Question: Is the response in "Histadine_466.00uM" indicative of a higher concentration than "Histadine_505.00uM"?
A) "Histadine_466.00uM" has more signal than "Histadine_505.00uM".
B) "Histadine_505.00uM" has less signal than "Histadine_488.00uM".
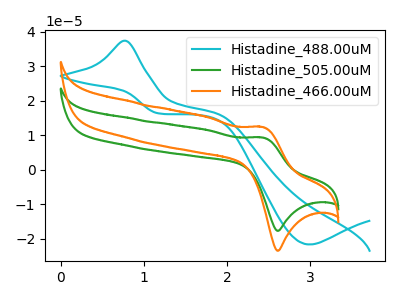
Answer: <think>The cyan curve "Histadine_488.00uM" has an anodic peak at (0.80V, 37.35uA) and a cathodic peak at (3.00V, -21.60uA). The green curve "Histadine_505.00uM" has an anodic peak at (2.45V, 9.35uA) and a cathodic peak at (2.60V, -17.65uA). The orange curve "Histadine_466.00uM" has an anodic peak at (2.45V, 12.40uA) and a cathodic peak at (2.60V, -23.45uA).
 All the peaks in "Histadine_466.00uM" have a peak in "Histadine_505.00uM" at the same potential. Every peak in "Histadine_466.00uM" is higher than every peak in "Histadine_505.00uM".</think>
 <answer>A) "Histadine_466.00uM" has more signal than "Histadine_505.00uM".</answer>
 <eval>A</eval>